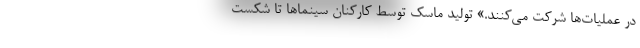
در عملیات‌ها شرکت می‌کنند.» تولید ماسک توسط کارکنان سینماها تا شکست